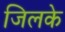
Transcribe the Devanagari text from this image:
जिलके